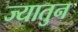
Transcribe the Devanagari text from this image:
ज्यातुन